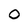
Character: O